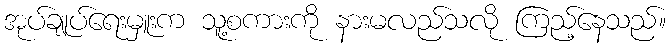
အုပ်ချုပ်ရေးမှူးက သူ့စကားကို နားမလည်သလို ကြည့်နေသည်။